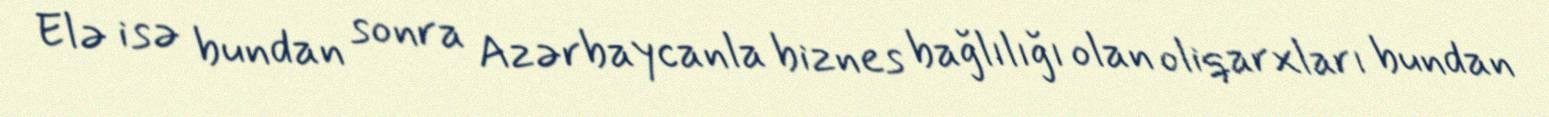
Elə isə bundan sonra Azərbaycanla biznes bağlılığı olan oliqarxları bundan